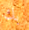
بك